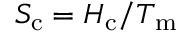
S _ { \mathrm { c } } = H _ { \mathrm { c } } / T _ { \mathrm { m } }